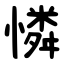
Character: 憐